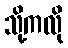
သို့ကလို